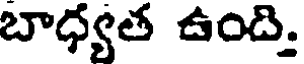
బాధ్యత ఉంది